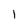
Character: 1